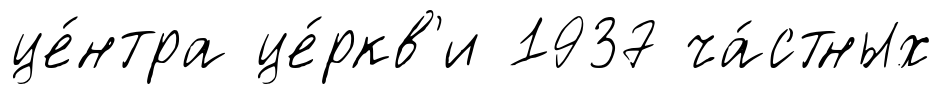
це́нтра це́ркв'и 1937 ча́стных